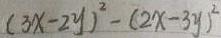
( 3 x - 2 y ) ^ { 2 } - ( 2 x - 3 y ) ^ { 2 }